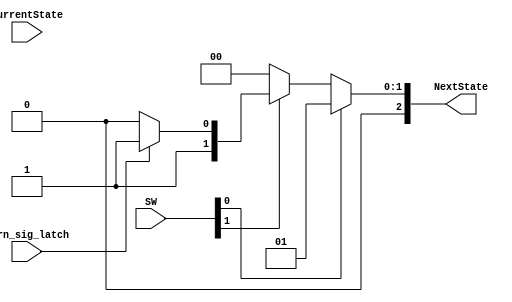
module NSL(
    input                       turn_sig_latch,
    input           [1:0]       SW,
    input           [2:0]       CurrentState,
    output          [2:0]       NextState
    
);

// State Machine Parameters
parameter par_idle = 3'b000;
parameter par_hazard = 3'b001;
parameter par_turn_sig_left = 3'b010;
parameter par_turn_sig_right = 3'b011;

reg [2:0] temp_NextState;

always @(CurrentState)
  begin
    if(SW[0] == 1)
        begin
            temp_NextState <= par_hazard;
        end
    else if(SW[1] == 1)
        begin
            if(turn_sig_latch == 0)
                temp_NextState <= par_turn_sig_left;
            else
                temp_NextState <= par_turn_sig_right;
        end
    else
        temp_NextState <= par_idle;
  end

assign NextState = temp_NextState;
 
endmodule